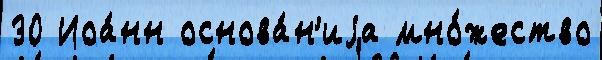
30 Иоа́нн основа́н'иjа мно́жество